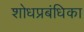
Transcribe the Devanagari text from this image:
शोधप्रबंधिका